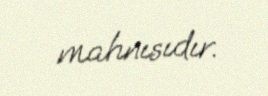
mahnısıdır.